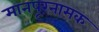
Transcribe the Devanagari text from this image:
मानपूरनामक